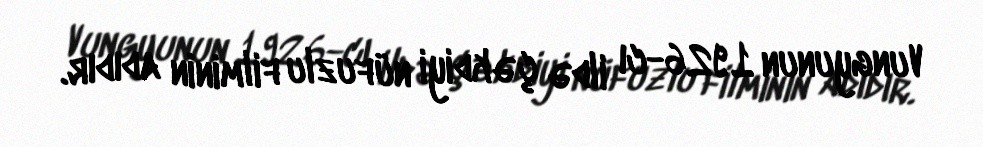
Vungyunun 1926-cı ildə çəkdiyi nüfuzlu filminin adıdır.